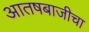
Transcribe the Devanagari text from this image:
आतषबाजीचा